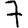
Digit: 7